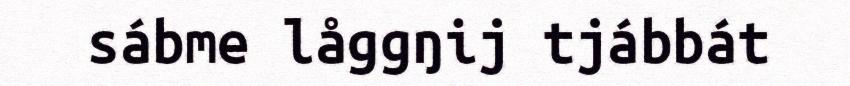
sábme låggŋij tjábbát